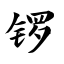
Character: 锣